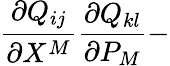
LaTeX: \frac{\partial Q_{ij}}{\partial X^{M}}\frac{\partial Q_{kl}}{\partial P_{M}}-